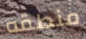
منطقه